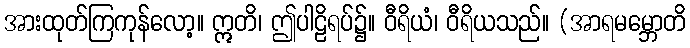
အားထုတ်ကြကုန်လော့။ ဣတိ၊ ဤပါဠိရပ်၌။ ဝီရိယံ၊ ဝီရိယသည်။ (အာရမမ္ဘောတိ